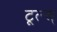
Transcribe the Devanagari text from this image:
टूल्स्